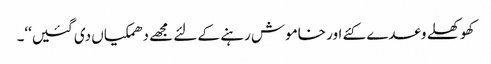
کھوکھلے وعدے کئے اور خاموش رہنے کے لئے مجھے دھمکیاں دی گئیں‘‘۔